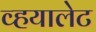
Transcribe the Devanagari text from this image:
व्हयालेट